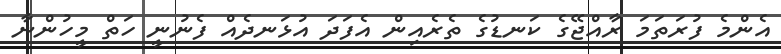
އެންމެ ފުރަތަމަ ރާއްޖޭގެ ކަނޑުގެ ތެރެއިން އެފަދަ އުޅަނދެއް ފެނުނީ ހަތް މީހުންނާ